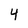
Character: 4